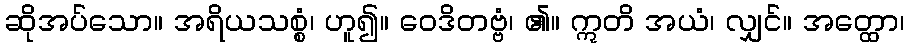
ဆိုအပ်သော။ အရိယသစ္စံ၊ ဟူ၍။ ဝေဒိတဗ္ဗံ၊ ၏။ ဣတိ အယံ၊ လျှင်။ အတ္ထော၊